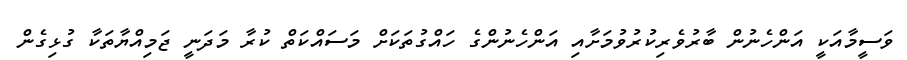
ވަސީމާއަކީ އަންހެނުން ބާރުވެރިކުރުވުމަށާއި އަންހެނުންގެ ހައްގުތަކަށް މަސައްކަތް ކުރާ މަދަނީ ޖަމިއްޔާތަކާ ގުޅިގެން